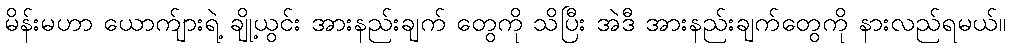
မိန်းမဟာ ယောက်ျားရဲ့ ချို့ယွင်း အားနည်းချက် တွေကို သိပြီး အဲဒီ အားနည်းချက်တွေကို နားလည်ရမယ်။